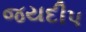
જયદીપ